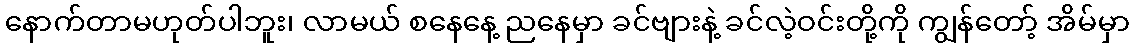
နောက်တာမဟုတ်ပါဘူး၊ လာမယ် စနေနေ့ ညနေမှာ ခင်ဗျားနဲ့ ခင်လဲ့ဝင်းတို့ကို ကျွန်တော့် အိမ်မှာ